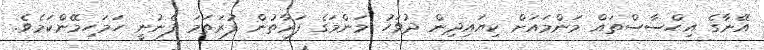
އޭނާގެ އިޙްސާސްތައް މަންމައަށް ކިޔައިދިން ދުވަހު މަންމަގެ ފަރާތުން ފުރަތަމަ ފެނުނީ ހަމަހިމޭންކަމެވެ.